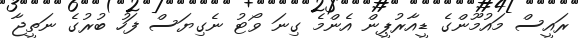
ރައީސް މައުމޫންގެ ޑީއާރުޕީން އެންމެ ގިނަ ވޯޓު ނެގިޔަސް ފަހު ބުރުގެ ނަތީޖާ